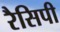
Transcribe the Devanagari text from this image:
रैसिपी